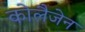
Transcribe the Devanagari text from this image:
कोलैजेन